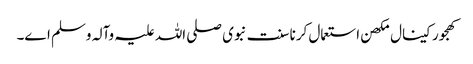
کھجور کینال مکھن استعمال کرنا سنت نبوی صلی اللہ علیہ وآلہ وسلم ا‏‏ے۔